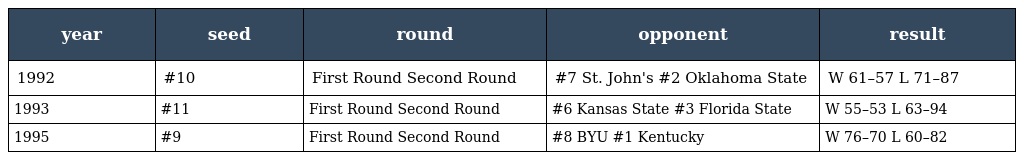
| year | seed | round | opponent | result |
 | --- | --- | --- | --- | --- |
 | 1992 | #10 | First Round Second Round | #7 St. John's #2 Oklahoma State | W 61–57 L 71–87 |
 | 1993 | #11 | First Round Second Round | #6 Kansas State #3 Florida State | W 55–53 L 63–94 |
 | 1995 | #9 | First Round Second Round | #8 BYU #1 Kentucky | W 76–70 L 60–82 |